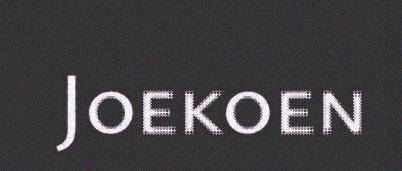
Joekoen